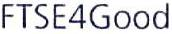
FTSE4Good